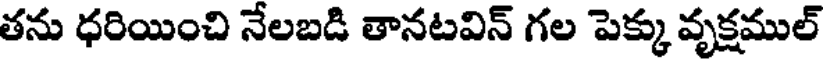
తను ధరియించి నేలబడి తానటవిన్ గల పెక్కు వృక్షముల్